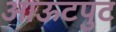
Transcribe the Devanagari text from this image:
आऊटपुट